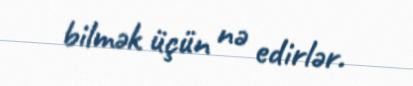
bilmək üçün nə edirlər.